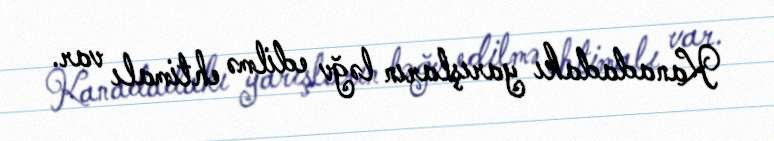
Kanadadakı yarışların ləğv edilmə ehtimalı var.